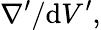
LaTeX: \nabla^{\prime}/\mathrm{d}V^{\prime},